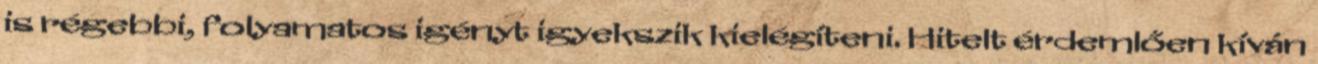
is régebbi, folyamatos igényt igyekszik kielégíteni. Hitelt érdemlően kíván